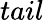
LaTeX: tail